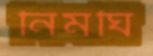
নিমঘি